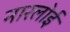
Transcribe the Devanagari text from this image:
नारलोई